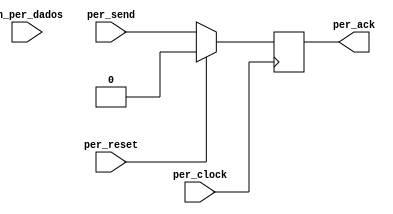
module PERIFERICO(per_reset, per_clock, per_send, per_ack, in_per_dados);

  input per_send; //bit indicativo se CPU j enviou os dados
  input per_reset;  //reset
  input per_clock;  //clock

  output reg per_ack; //ack que indica o recebimento dos dados

  input [3:0] in_per_dados;
  reg [3:0] per_dados; //dados recebidos da CPU

  reg per_estado_atual;
  reg per_proximo_estado;


  /***** ATUALIZAR ESTADO ATUAL *****/
  always @ (posedge per_clock)
    begin
      if(per_reset == 1)
          per_estado_atual <= 0;
      else
	      per_estado_atual <= per_proximo_estado;
    end
  /***** END - ATUALIZAR ESTADO ATUAL *****/


  /***** CALCULAR PRXIMO ESTADO *****/
  always @ (*)
    	per_proximo_estado = per_send;
  /***** END - CALCULAR PRXIMO ESTADO *****/

  /***** ATUALIZAR O ACK *****/
  always @ (*)
    	per_ack = per_estado_atual;
  /***** END - ATUALIZAR O ACK *****/


  /***** TRATAR COM DADOS *****/
  always @ (per_estado_atual)
    begin
      if (per_send == 1 && per_estado_atual == 1)
        begin
          per_dados = in_per_dados;
        end
      else
        begin
          per_dados = 4'b0000;
        end
    end
  /***** END - TRATAR COM DADOS *****/
endmodule


module CPU(cpu_reset, cpu_clock, cpu_send, cpu_ack, cpu_dados);
  input cpu_ack; //Bit indicativo se o perifrico j recebeu os dados
  input cpu_reset; //reset
  input cpu_clock; //clock

  output reg cpu_send; // Bit para indicar que os dados esto no barramento.
  output reg [3:0] cpu_dados; //Dados gerados pela CPU

  reg cpu_estado_atual;  //estado
  reg cpu_proximo_estado; //prximo estado

  /***** ATUALIZAR ESTADO ATUAL *****/
  always @ (posedge cpu_clock)
    begin
      if(cpu_reset == 1)
        cpu_estado_atual <= 0;
      else
        cpu_estado_atual <= cpu_proximo_estado;
    end
  /***** END - ATUALIZAR ESTADO ATUAL *****/

  /***** CALCULAR PRXIMO ESTADO *****/
  always @ (*)
      cpu_proximo_estado =~ cpu_ack;
  /***** CALCULAR PRXIMO ESTADO *****/

  /***** ATUALIZAR O SEND *****/
  always @ (*)
    cpu_send = cpu_estado_atual;
  /*****END - ATUALIZAR O SEND *****/

   /***** DEFINE PRXIMO VALOR PARA DADOS *****/
  always @ (posedge cpu_clock)
     begin
       if (cpu_reset == 1 || cpu_dados == 4'b1111)
         cpu_dados <= 0;
       else
         cpu_dados <= cpu_dados + 1;
     end
   /***** DEFINE PRXIMO VALOR PARA DADOS *****/
endmodule